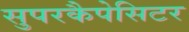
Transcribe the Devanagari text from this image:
सुपरकैपेसिटर